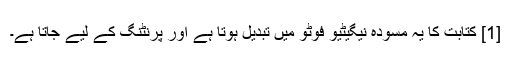
[1] کتابت کا یہ مسودہ نیگیٹیو فوٹو میں تبدیل ہوتا ہے اور پرنٹنگ کے لیے جاتا ہے۔